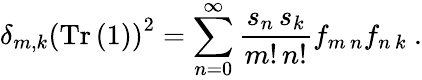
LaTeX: \delta_{m,k}\left(\mathrm{Tr}\left(1\right)\right)^{2}=\sum_{n=0}^{\infty}\frac{s_{n}\, s_{k}}{m!\, n!}f_{m\, n}f_{n\, k}\ .